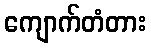
ကျောက်တံတား